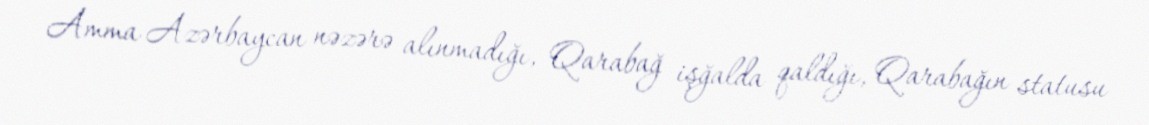
Amma Azərbaycan nəzərə alınmadığı, Qarabağ işğalda qaldığı, Qarabağın statusu